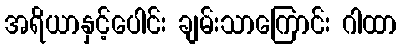
အရိယာနှင့်ပေါင်း ချမ်းသာကြောင်း ဂါထာ